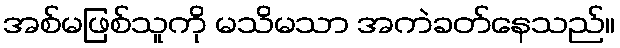
အစ်မဖြစ်သူကို မသိမသာ အကဲခတ်နေသည်။